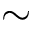
\sim